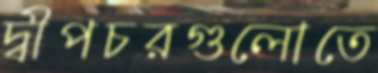
দ্বীপচরগুলোতে